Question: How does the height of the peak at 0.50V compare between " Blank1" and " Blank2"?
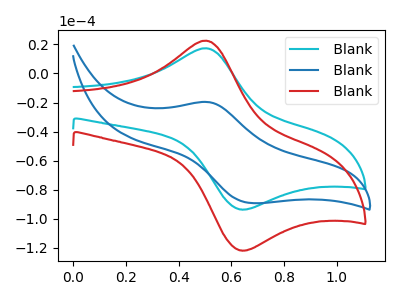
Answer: <think>The cyan curve " Blank1" has an anodic peak at (0.50V, 17.35uA) and a cathodic peak at (0.65V, -93.50uA). The blue curve " Blank2" has an anodic peak at (0.50V, -19.75uA) and a cathodic peak at (0.70V, -89.25uA). The red curve " Blank3" has an anodic peak at (0.50V, 22.55uA) and a cathodic peak at (0.65V, -121.70uA).</think>
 <answer>The peak at 0.50V is higher in " Blank1" than in " Blank2".</answer>
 <eval>higher</eval>